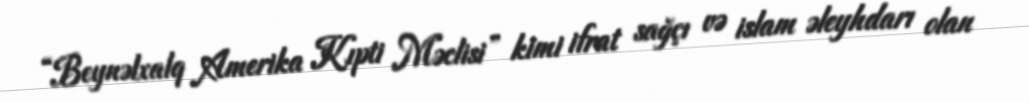
“Beynəlxalq Amerika Kıpti Məclisi” kimi ifrat sağçı və islam əleyhdarı olan